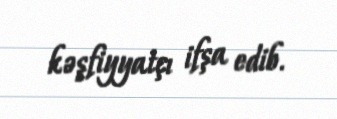
kəşfiyyatçı ifşa edib.